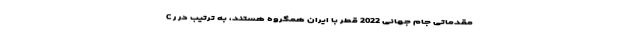
C مقدماتی جام جهانی 2022 قطر با ایران همگروه هستند، به ترتیب در ر